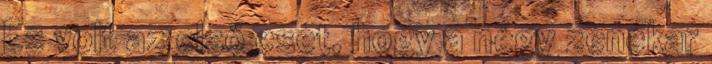
Ez volt az első eset, hogy a négy zenekar